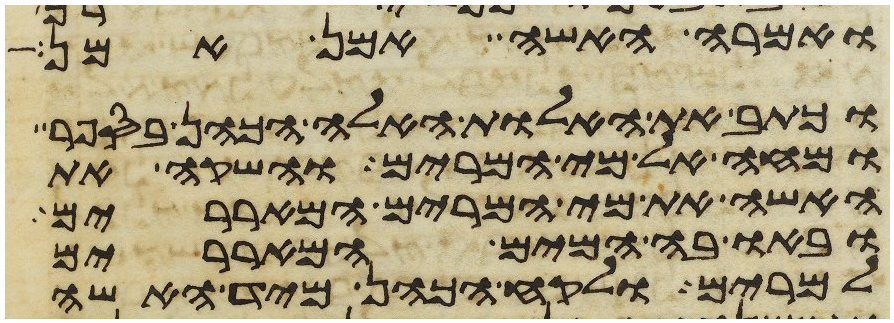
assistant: ואמרה האשה אמן אמן
וכתב את האלות האלה הכהן בספר
ומחה אל מי המרים והשקה את
האשה את מי המרים המאררים
ובאו בה המים המאררים
למרים ולקח הכהן מיד האשה